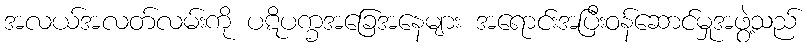
အလယ်အလတ်လမ်းကို ပဋိပက္ခအခြေအနေများ အရောင်းအပြီးဝန်ဆောင်မှုအဖွဲ့သည်